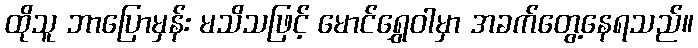
ထိုသူ ဘာပြောမှန်း မသိသဖြင့် မောင်ရွှေဝါမှာ အခက်တွေ့နေရသည်။